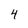
Character: 4